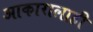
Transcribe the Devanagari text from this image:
आकारालाही